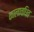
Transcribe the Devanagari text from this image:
कालावधित